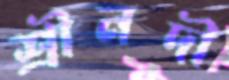
শ্রীনদী